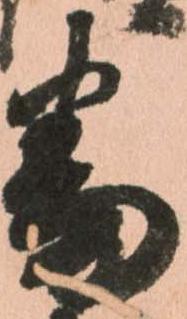
番